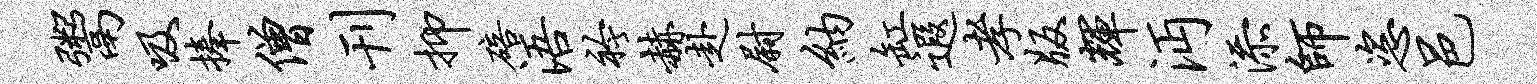
鬻吸捧僧刊抑碚浯衿赫赴尉纳缸遐孝版辉沔添师恣邑